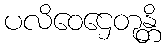
ပလိဝေဌေတုန္တိ